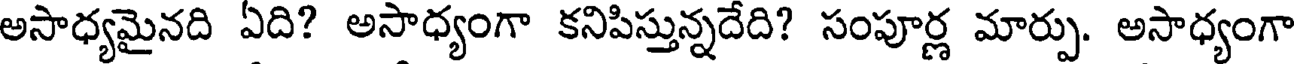
అసాధ్యమైనది ఏది? అసాధ్యంగా కనిపిస్తున్నదేది? సంపూర్ణ మార్పు. అసాధ్యంగా